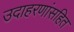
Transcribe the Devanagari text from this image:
उदाहरणांसहित